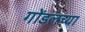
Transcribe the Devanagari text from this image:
गोंडलच्या